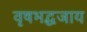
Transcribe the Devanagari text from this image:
वृषभद्धजाय